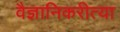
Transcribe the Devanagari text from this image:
वैज्ञानिकरीत्या